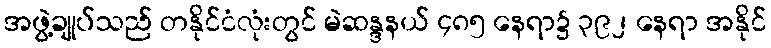
အဖွဲ့ချုပ်သည် တနိုင်ငံလုံးတွင် မဲဆန္ဒနယ် ၄၈၅ နေရာ၌ ၃၉၂ နေရာ အနိုင်